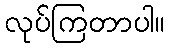
လုပ်ကြတာပါ။